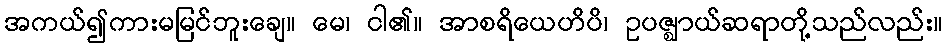
အကယ်၍ကားမမြင်ဘူးချေ။ မေ၊ ငါ၏။ အာစရိယေဟိပိ၊ ဥပဇ္ဈာယ်ဆရာတို့သည်လည်း။